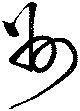
州